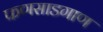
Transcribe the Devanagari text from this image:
फणसाडगाण